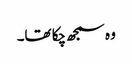
وہ سمجھ چکا تھا۔